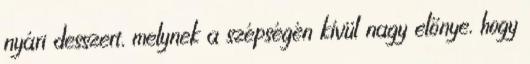
nyári desszert, melynek a szépségén kívül nagy előnye, hogy